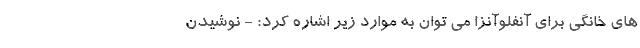
های خانگی برای آنفلوآنزا می توان به موارد زیر اشاره کرد: - نوشیدن